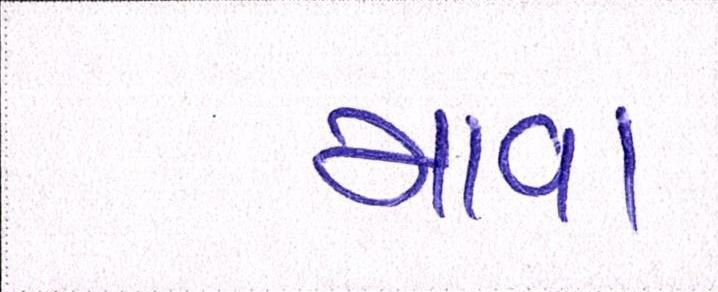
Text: માવા